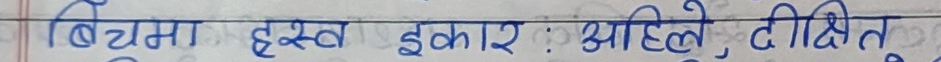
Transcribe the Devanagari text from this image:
बिचमा हस्त इकार : अहिले, दीक्षित